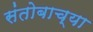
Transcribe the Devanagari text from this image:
संतोबाच्या